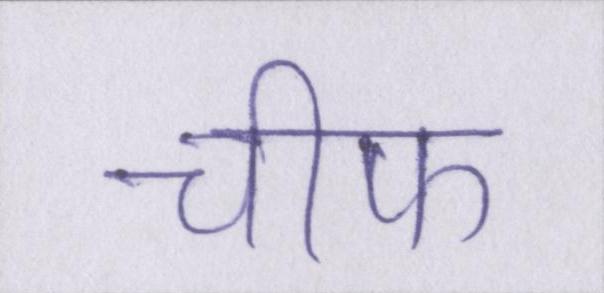
चीफ